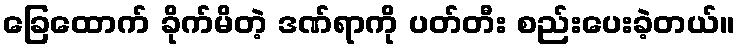
ခြေထောက် ခိုက်မိတဲ့ ဒဏ်ရာကို ပတ်တီး စည်းပေးခဲ့တယ်။